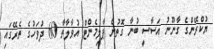
ޔުކްރޭންގެ ގާނޫނު އަސާސީ ބުނާ ގޮތުން ޕާލިމެންޓް އުވާލާތާ 60 ދުވަހުގެ ތެރޭގައި